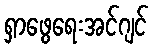
ရှာဖွေရေးအင်ဂျင်